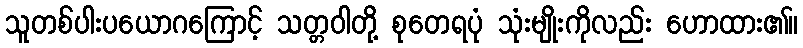
သူတစ်ပါးပယောဂကြောင့် သတ္တဝါတို့ စုတေရပုံ သုံးမျိုးကိုလည်း ဟောထား၏။